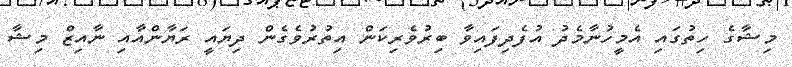
މިޝާގެ ހިތުގައި އެމީހުނާމެދު އުފެދިފައިވާ ބިރުވެރިކަން އިތުރުވެގެން ދިޔައީ ރަޔާންއާއި ނާއިޒް މިޝާ